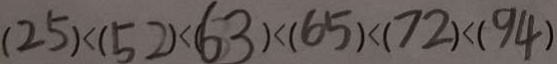
( 2 5 ) < ( 5 2 ) < ( 6 3 ) < ( 6 5 ) < ( 7 2 ) < ( 9 4 )